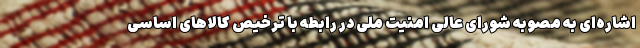
اشاره‌ای به مصوبه شورای عالی امنیت ملی در رابطه با ترخیص کالاهای اساسی